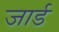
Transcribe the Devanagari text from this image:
जार्ड